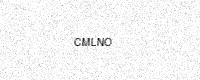
Text: CMLNO